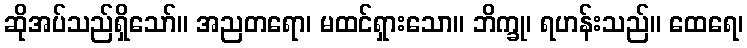
ဆိုအပ်သည်ရှိသော်။ အညတရော၊ မထင်ရှားသော။ ဘိက္ခု၊ ရဟန်းသည်။ ထေရေ၊